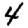
Digit: 4